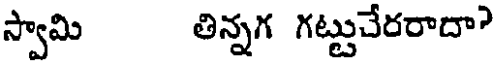
స్వామి తిన్నగ గట్టుచేరరాదా?